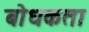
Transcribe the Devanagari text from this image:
बोधकता